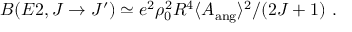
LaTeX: B ( E 2 , J \rightarrow J ^ { \prime } ) \simeq e ^ { 2 } \rho _ { 0 } ^ { 2 } R ^ { 4 } \langle A _ { \mathrm { a n g } } \rangle ^ { 2 } / ( 2 J + 1 ) ~ .